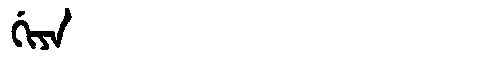
Manchu: ᡤᡳᠶᠠ
Romanization: GIYA